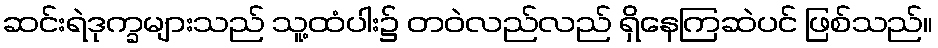
ဆင်းရဲဒုက္ခများသည် သူ့ထံပါး၌ တဝဲလည်လည် ရှိနေကြဆဲပင် ဖြစ်သည်။